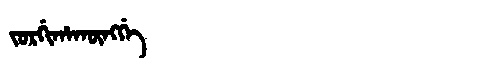
Manchu: ᠵᠣᡵᡤᡳᡥᠠᡴᡡᠩᡤᡝ
Romanization: JORGIHAKŪNGGE